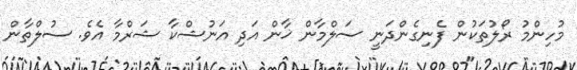
މުހިންމު ރޯލުތަކުން ފެނިގެންދަނީ ސަލްމާން ޚާން އަދި އަނުޝްކާ ޝަރްމާ އެވެ. ސުލްތާން